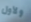
ولأول